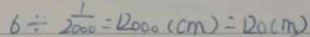
6 \div \frac { 1 } { 2 0 0 0 } = 1 2 0 0 0 ( c m ) = 1 2 0 ( m )